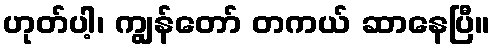
ဟုတ်ပါ့၊ ကျွန်တော် တကယ် ဆာနေပြီ။